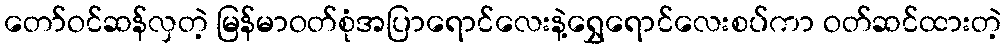
တော်ဝင်ဆန်လှတဲ့ မြန်မာဝတ်စုံအပြာရောင်လေးနဲ့ရွှေရောင်လေးစပ်ကာ ဝတ်ဆင်ထားတဲ့